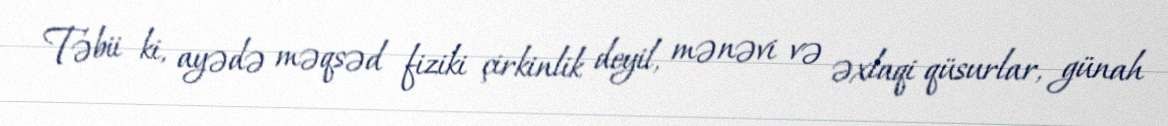
Təbii ki, ayədə məqsəd fiziki çirkinlik deyil, mənəvi və əxlaqi qüsurlar, günah